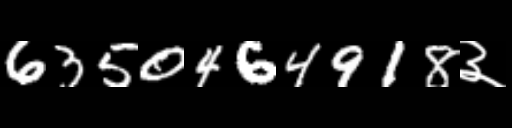
Text: 6350464918३